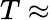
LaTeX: T\approx